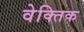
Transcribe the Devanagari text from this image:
वेक्तिक